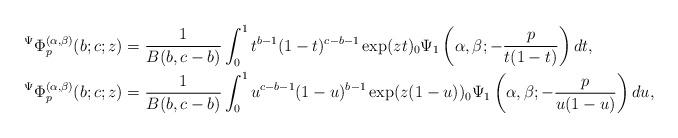
LaTeX: \begin{align*}{}^{\Psi}\Phi_{p}^{(\alpha,\beta)}(b;c;z)&=\frac{1}{B(b,c-b)}\int_{0}^{1}t^{b-1}(1-t)^{c-b-1}\exp(zt){}_{0}\Psi_{1}\left( \alpha,\beta;-\frac{p}{t(1-t)}\right)dt,\\{}^{\Psi}\Phi_{p}^{(\alpha,\beta)}(b;c;z)&=\frac{1}{B(b,c-b)}\int_{0}^{1}u^{c-b-1}(1-u)^{b-1}\exp(z(1-u)){}_{0}\Psi_{1}\left( \alpha,\beta;-\frac{p}{u(1-u)}\right) du,\end{align*}